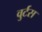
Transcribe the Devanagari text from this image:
वुर्टस